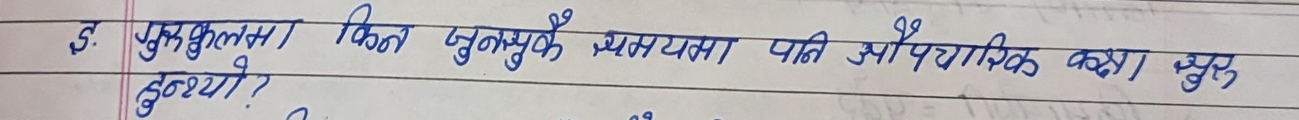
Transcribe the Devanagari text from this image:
गुरुकुलमा किन जुनुकै समस्यामा पनि औपचारिक कथा सुरु हुन्थ्यो?